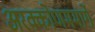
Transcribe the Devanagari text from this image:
अरक्कोणममार्गे